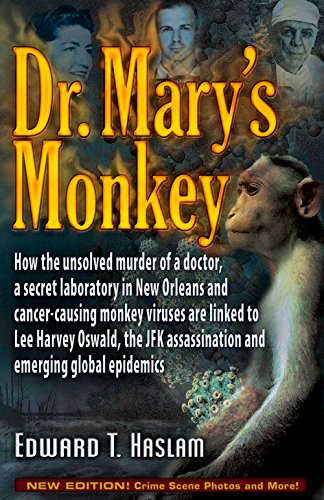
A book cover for Dr. Mary's Monkey: How the Unsolved Murder of a Doctor, a Secret Laboratory in New Orleans and Cancer-Causing Monkey Viruses Are Linked to Lee Harvey ... Assassination and Emerging Global Epidemics; Edward T. Haslam; Medical Books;